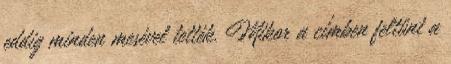
eddig minden mesével tették. Mikor a címben feltűnt a